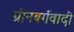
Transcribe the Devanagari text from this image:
ग्रीनबर्गवादी